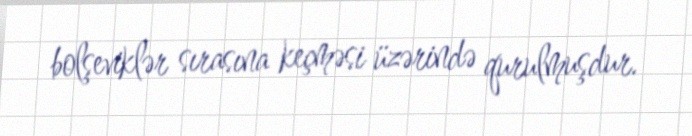
bolşeviklər sırasına keçməsi üzərində qurulmuşdur.